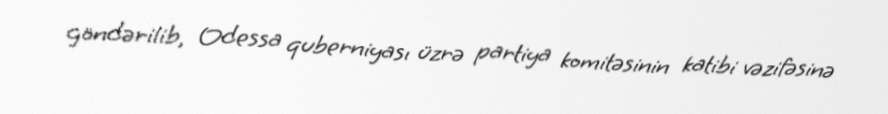
göndərilib, Odessa quberniyası üzrə partiya komitəsinin katibi vəzifəsinə